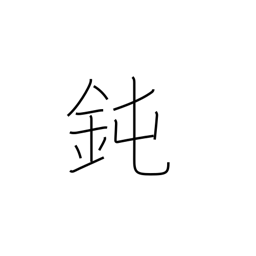
Meaning: foolish